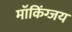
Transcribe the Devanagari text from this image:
मॉकिंग्जय